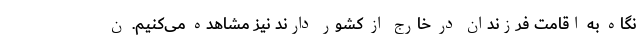
نگاه به اقامت فرزندان در خارج از کشور دارند نیز مشاهده می‌کنیم. ن